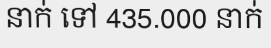
នាក់ ទៅ 435.000 នាក់